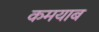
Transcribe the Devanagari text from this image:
कमयाब